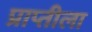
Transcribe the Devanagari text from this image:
प्राप्तीला